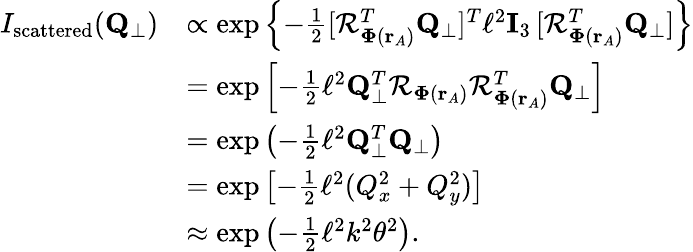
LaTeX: \begin{array}{rl}{I_{\textrm{scattered}}(\mathbf{Q}_{\perp})}&{\propto\exp\left\{ -\frac{1}{2}[\mathcal{R}_{\mathbf{\Phi}(\mathbf{r}_{A})}^{T}\mathbf{Q}_{\perp}]^{T}\! \, \ell^{2}\mathbf{I}_{3}\, [\mathcal{R}_{\mathbf{\Phi}(\mathbf{r}_{A})}^{T}\mathbf{Q}_{\perp}]\right\} }\\ &{=\exp\left[-\frac{1}{2}\ell^{2}\mathbf{Q}_{\perp}^{T}\mathcal{R}_{\mathbf{\Phi}(\mathbf{r}_{A})}\mathcal{R}_{\mathbf{\Phi}(\mathbf{r}_{A})}^{T}\mathbf{Q}_{\perp}\right]}\\ &{=\exp\left(-\frac{1}{2}\ell^{2}\mathbf{Q}_{\perp}^{T}\mathbf{Q}_{\perp}\right)}\\ &{=\exp\left[-\frac{1}{2}\ell^{2}(Q_{x}^{2}+Q_{y}^{2})\right]}\\ &{\approx\exp\left(-\frac{1}{2}\ell^{2}k^{2}\theta^{2}\right).}\end{array}